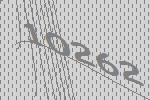
10262